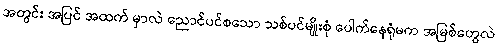
အတွင်း အပြင် အထက် မှာလဲ ညောင်ပင်စသော သစ်ပင်မျိုးစုံ ပေါက်နေရုံမက အမြစ်တွေလဲ